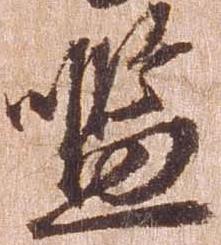
濫